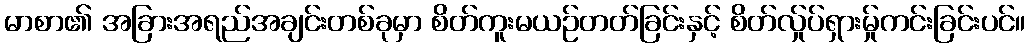
မာစာ၏ အခြားအရည်အချင်းတစ်ခုမှာ စိတ်ကူးမယဉ်တတ်ခြင်းနှင့် စိတ်လ်ှုပ်ရှားမ်ှုကင်းခြင်းပင်။